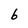
Character: b